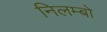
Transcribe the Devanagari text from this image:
निलम्‍बो